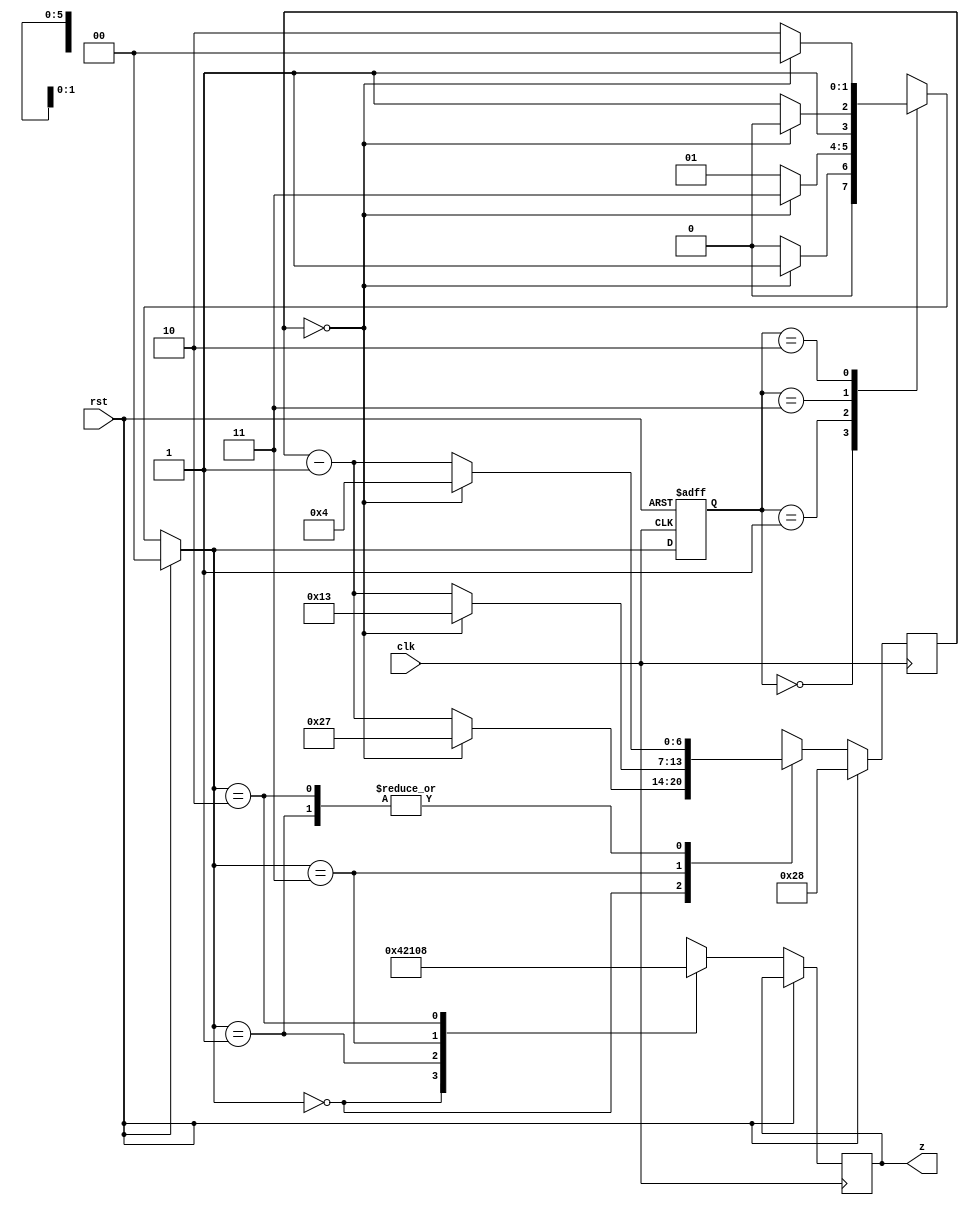
module traffic_light
(input clk,rst, 
output reg[5:0] z
);
reg[6:0] time_count; 
reg[1:0] state,next_state;
parameter s0=2'b00,s1=2'b01,s2=2'b11,
s3=2'b10;
parameter time_s1=7'd40, time_s2=7'd5,
time_s3=7'd20,time_s4=7'd5; 
parameter led1=6'b000001,led2=6'b000010,
led3=6'b000100,led4=6'b001000;

always@(posedge clk or posedge rst) 
begin if(rst) begin state<=s0; end
else state<=next_state;
end

always@(next_state or rst or time_count)
 
begin if(rst) next_state=s0;
else begin
 


case(state)
s0:begin if(time_count==0) next_state<=s1;
else next_state<=s0;
 
end
s1:begin if(time_count==0) next_state<=s2;
else next_state<=s1;
end
s2:begin if(time_count==0) next_state<=s3;
else next_state<=s2;
end
s3:begin if(time_count==0) next_state<=s0;
else next_state<=s3;
end
default:next_state<=s0;
endcase
end
 end

 
always@(posedge clk)
begin if(rst) time_count<=time_s1;
else begin
case(next_state)
s0:begin z=led1;
if(time_count==0) time_count=time_s1-1; else time_count=time_count-1;end
s1:begin z=led2; 
if(time_count==0) time_count=time_s2-1; else time_count=time_count-1;end
s2:begin z=led3; 
if(time_count==0) time_count=time_s3-1; else time_count=time_count-1;end
s3:begin z=led4;
if(time_count==0) time_count=time_s4-1; else time_count=time_count-1;end
endcase 
end
 
end 
endmodule